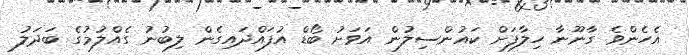
އެހެންވެ ގާނޫނާ ހިލާފަށް ކައުންސިލުން އަވަށު ބޯޑް އުފައްދައިގެން ލިބުނު ގެއްލުމުގެ ބަދަލު